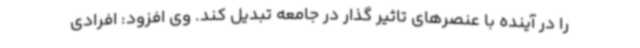
را در آینده با عنصرهای تاثیر گذار در جامعه تبدیل کند. وی افزود: افرادی